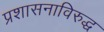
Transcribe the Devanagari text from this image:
प्रशासनाविरुद्ध